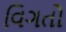
વિગતો